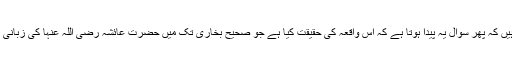
آپؓ لکھتے ہیں کہ پھر سوال یہ پیدا ہوتا ہے کہ اس واقعہ کی حقیقت کیا ہے جو صحیح بخاری تک میں حضرت عائشہ رضی اللہ عنہا کی زبانی بیان ہوا ہے۔